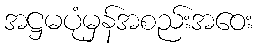
အဋ္ဌမပုံမှန်အစည်းအဝေး